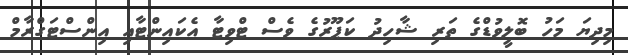
މިދިޔަ މަހު ބޮލީވުޑްގެ ތަރި ޝާހިދު ކަޕޫރުގެ ވެސް ޓްވިޓާ އެކައިންޓާއި އިންސްޓަގްރާމް